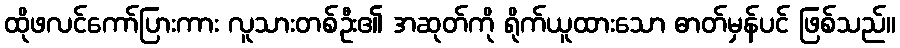
ထိုဖလင်ကော်ပြားကား လူသားတစ်ဦး၏ အဆုတ်ကို ရိုက်ယူထားသော ဓာတ်မှန်ပင် ဖြစ်သည်။